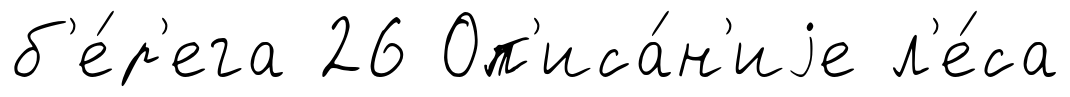
б'е́р'ега 26 Оп'иса́н'иjе л'е́са